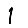
Digit: 1